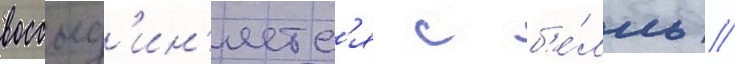
воссоед'ин'яетс'я с б'е́лль //